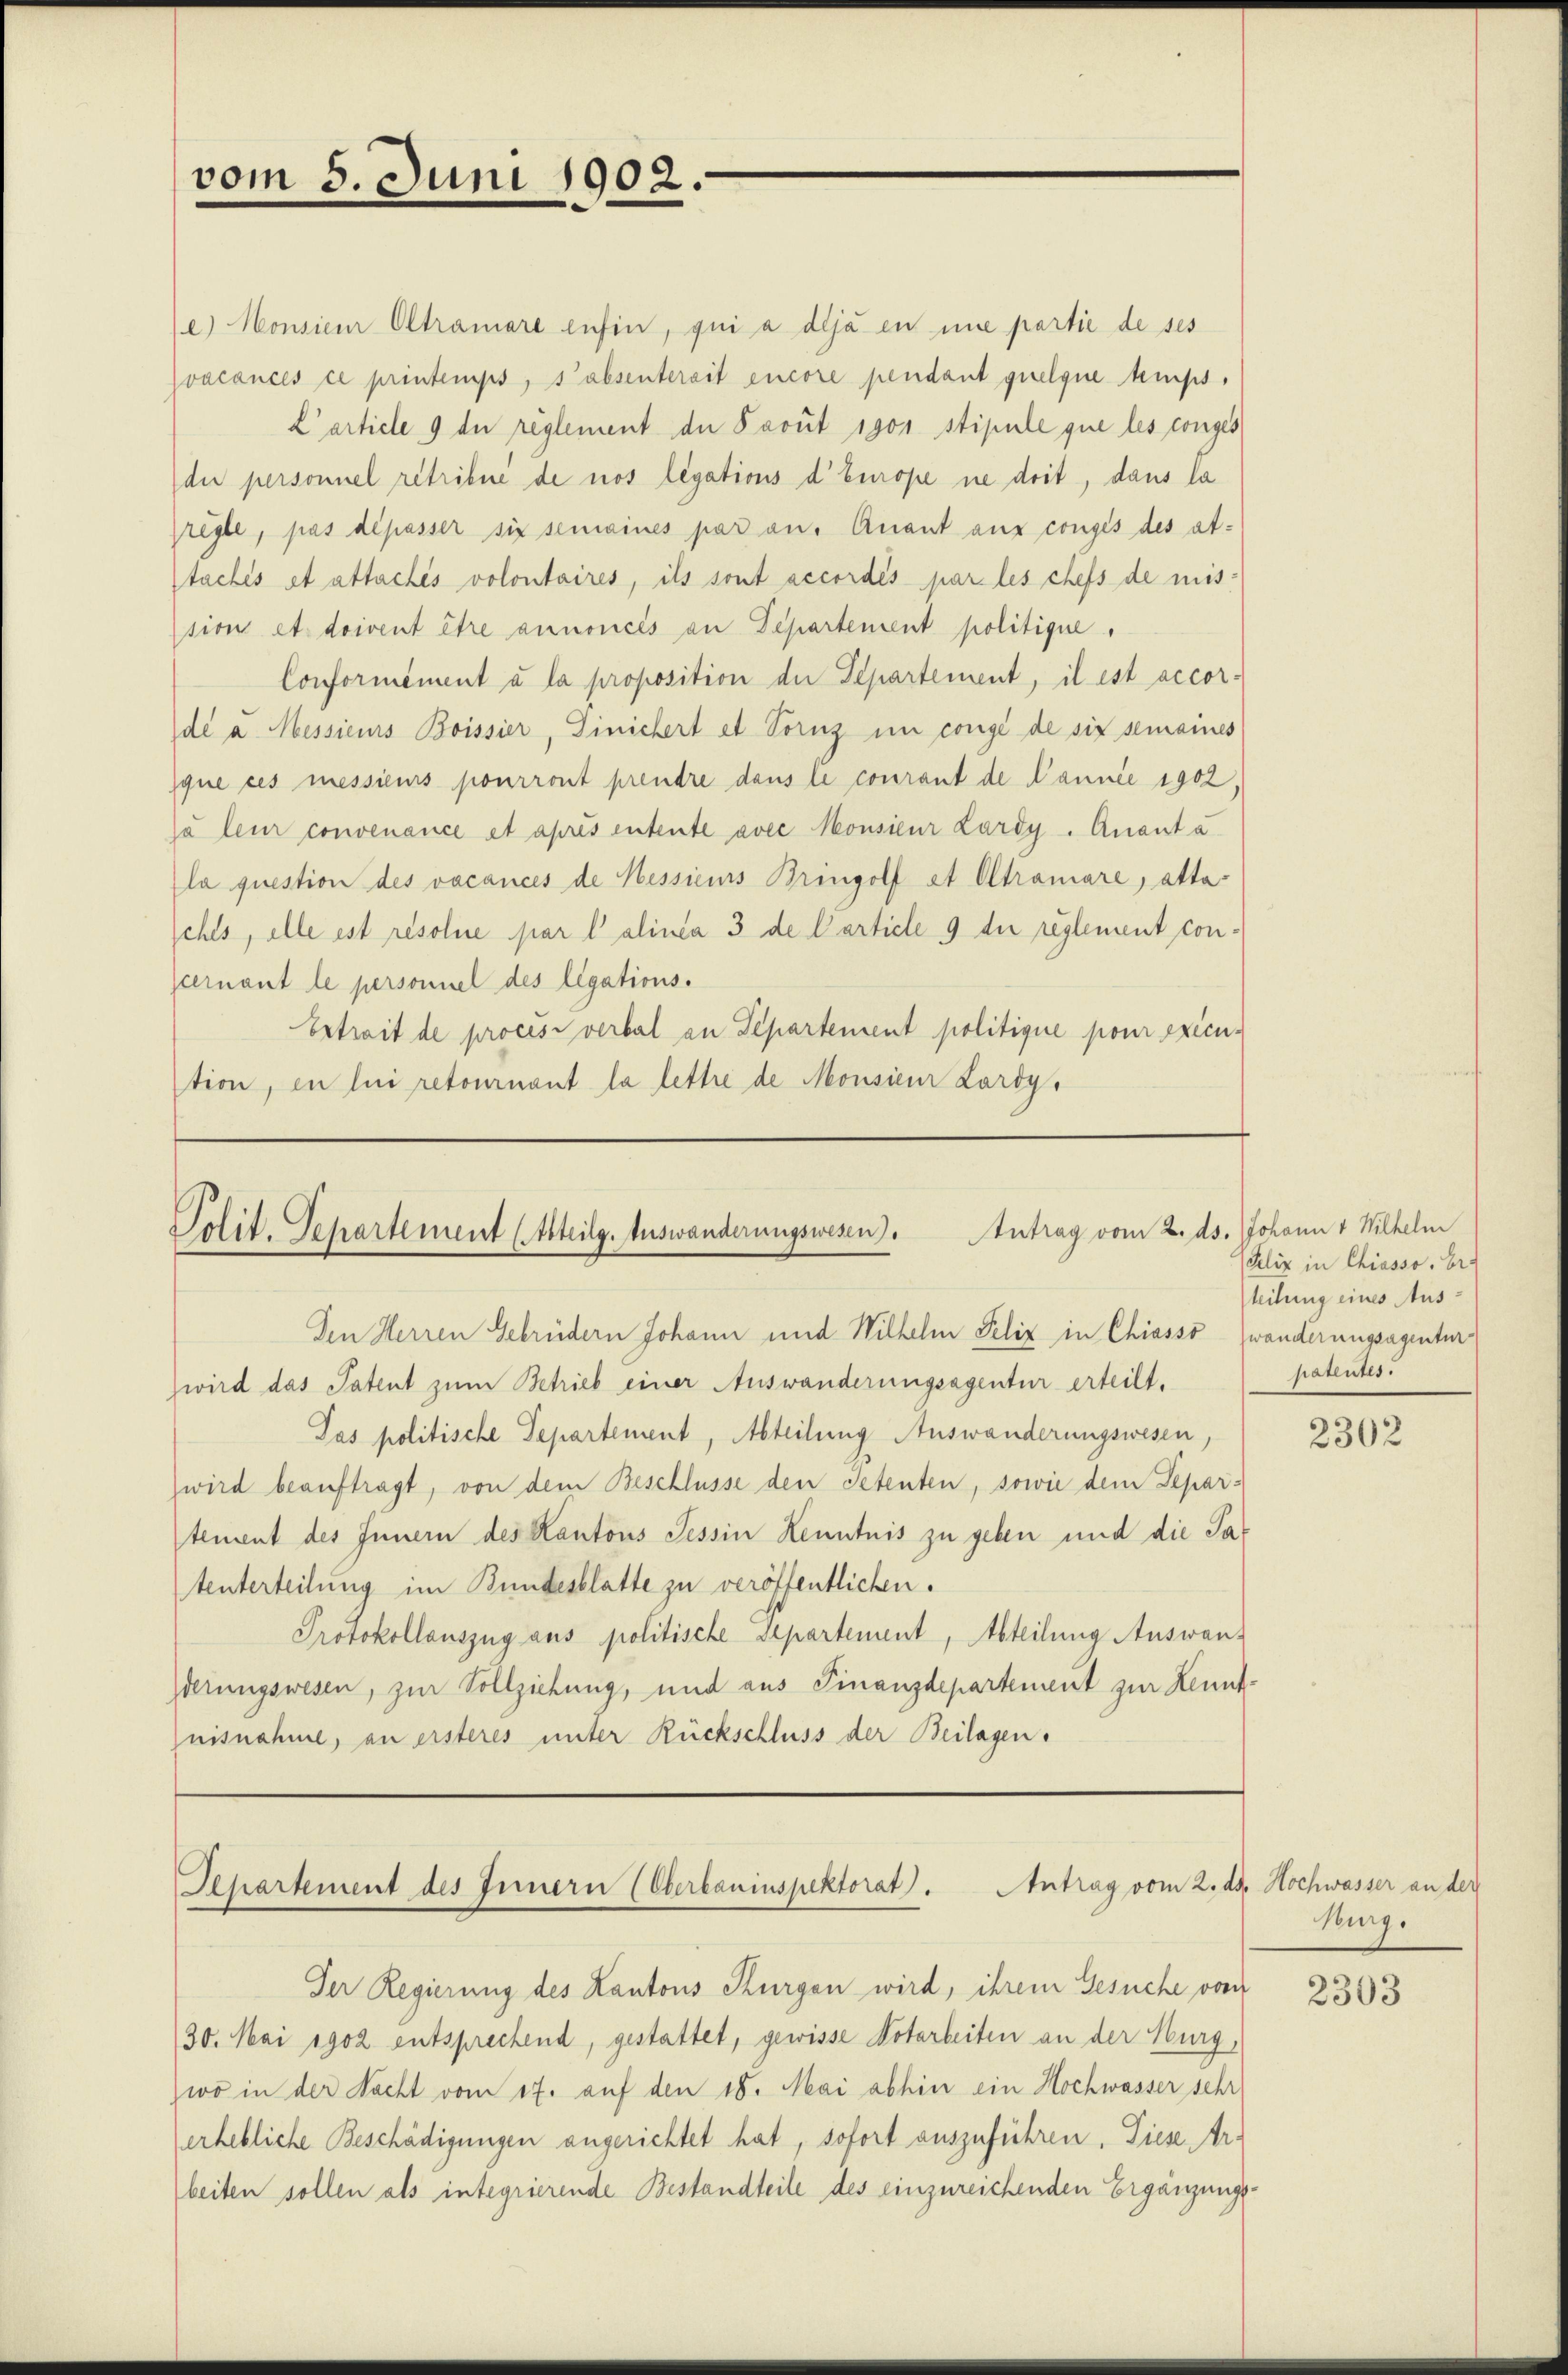
vom 5. Juni 1902.

e) Monsieur Oltramore enfin, qui a deja en une partie de ses
vacances ce printemps, s’absenterait encore pendant quelque temps,
L article 9 de reglement du Pavit 1901 stipule que les conges
di personnel retribue de nos legations d’Europe ne doit, dans la
regle, pas dépasser sie semaines par an. Anant aus conges des at-
stachés et attachés volontaires, ils sont accordés par les chefs de mis-
sion et doivent être annoncés an Departement politique,
Conformément à la proposition der Departement, il est accorde a. Messieurs Boissier, Dinichert et Tornz im congé de six semaines
que ces messieurs pourront prendre dans le courant de Nannée 1902.
ja leur convenance et après entente avec Monsieur Lardy - Quant a
la question des vacances de Nessieurs Bringolf et Oltramare, atta
ehls, alle est resolue par l’alinea 3 de Carticle 9 die reglement conpcernant le personnel des legations¬
Ertrait de procesi verbal an Departement politique pour execution, in lui retournant la lettre de Monsieur Lardy,

Polit. Separtement (Abteilg. Auswanderungswesen. Antrag vom 2. ds. Johann 1 Wilhelm
Im Herren Gebrüdern Johann und Wilhelm Felix in Chiasso

zwird das Patent zum Betrieb einer Auswanderungsagentur erteilt,
Pas politische Departement, Abteilung Auswanderungswesen,
wird beauftragt, von dem Beschlüsse den Petenten, sowie dem Separtement des Innern des Kantons Tessin Kenntnis zu geben und die Satenterteilung im Bundesblatte zu veröffentlichen.
Protokollauszug aus politische Departement, Abteilung Auswanderungswesen, zur Vollziehung, und aus Finanzdepartement zur Kennt
uisnahme, an ersteres unter Rückschluss der Beilagen.

Departement des Innern (Oberbauinspektorat). Antrag vom 2. ds. Hochwasser an der

Der Regierung des Kantons Kurgen wird, ihrem Gesuche vom
30. Mai 1902 entsprechend, gestattet, gewisse Notarbeiten an der Murg,
wo in der Nacht vom 17. auf den 18. Mai abhin ein Hochwasser sehr
erhebliche Beschädigungen angerichtet hat, sofort auszuführen. Diese Arbeiten sollen als integrierende Bestandteile des einzureichenden Ergänzungs¬

Felix in Chiasso. Ers
teilung eines Auswänderungsagentur
hatentes.

2302

Burg.

2303